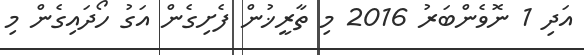
އަދި 1 ނޮވެންބަރު 2016 މި ތާރީޚުން ފެށިގެން އަގު ހޯދައިގެން މި